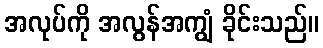
အလုပ်ကို အလွန်အကျွံ ခိုင်းသည်။